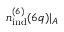
n _ { \mathrm { i n d } } ^ { ( 6 ) } ( 6 q ) | _ { A }